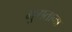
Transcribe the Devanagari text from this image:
भुगताना